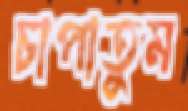
চাপাতুম